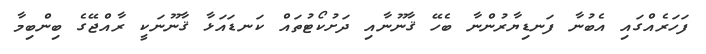
ފަހަރެއްގައި އެބުނާ ފަނޑިޔާރުންނާ ބެހޭ ޤާނޫނާއި ދަށުކޯޓުތައް ކަނޑައަޅާ ޤާނޫނަކީ ރާއްޖޭގެ ބިންބިމާ